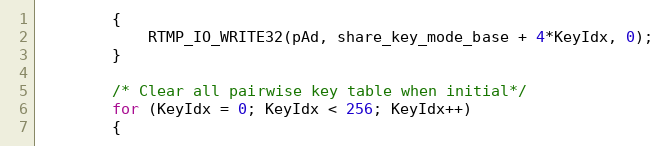
Language: C
		{
			RTMP_IO_WRITE32(pAd, share_key_mode_base + 4*KeyIdx, 0);
		}

		/* Clear all pairwise key table when initial*/
		for (KeyIdx = 0; KeyIdx < 256; KeyIdx++)
		{